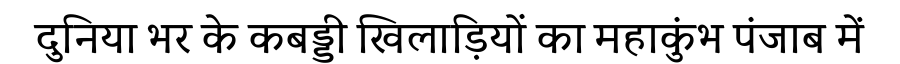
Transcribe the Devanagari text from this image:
दुनिया भर के कबड्डी खिलाड़ियों का महाकुंभ पंजाब में